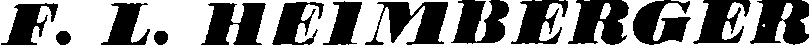
F. L. HEIMBERGER